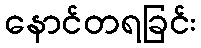
နောင်တရခြင်း